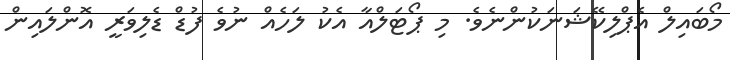
މޯބައިލް އެޕްލިކޭޝަނަކުންނެވެ. މި ޕޯޓަލްއާ އެކު ލަހެއް ނުވެ ފުޑް ޑެލިވަރީ އޮންލައިން